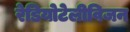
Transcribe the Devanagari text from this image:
रेडियोटेलीविजन